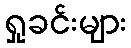
ရှုခင်းများ